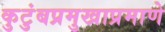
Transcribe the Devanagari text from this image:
कुटुंबप्रमुखाप्रमाणे